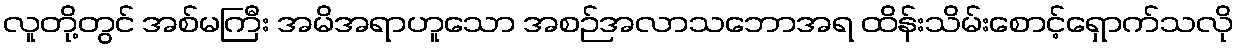
လူတို့တွင် အစ်မကြီး အမိအရာဟူသော အစဉ်အလာသဘောအရ ထိန်းသိမ်းစောင့်ရှောက်သလို